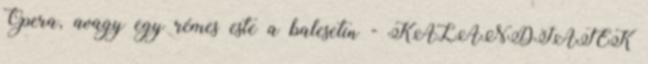
Opera, avagy egy rémes este a balesetin - KALANDJÁTÉK